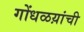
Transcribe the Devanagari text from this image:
गोंधळय़ांची